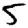
Digit: 5